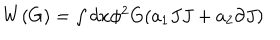
\begin{array} { l } { { W ( G ) = \int d x \phi ^ { 2 } G ( a _ { 1 } J J + a _ { 2 } \partial J ) } } \\ \end{array}